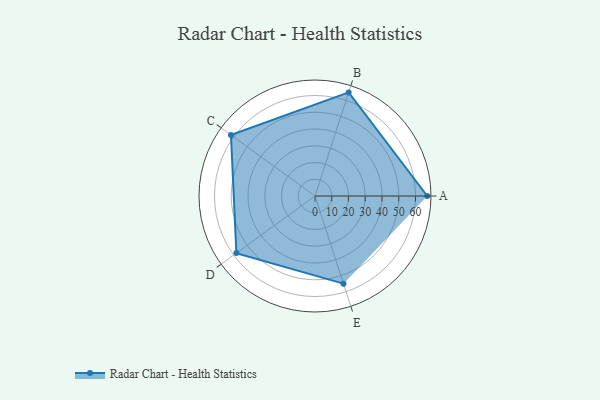
{"axis": {"x": "Skill", "y": "Score"}, "legend": ["Profile"], "data": [{"x": "A", "y": 67.0, "type": "Profile"}, {"x": "B", "y": 65.0, "type": "Profile"}, {"x": "C", "y": 62.0, "type": "Profile"}, {"x": "D", "y": 58.0, "type": "Profile"}, {"x": "E", "y": 55.0, "type": "Profile"}]}